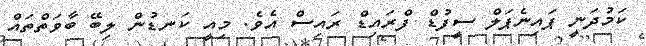
ކަމުދަނީ ޕައިނެޕަލް ސީފުޑް ފްރައިޑް ރައިސް އެވެ. މިއީ ކަނޑުން ލިބޭ ބާވަތްތައް